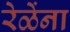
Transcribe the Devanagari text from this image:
रेळेंना